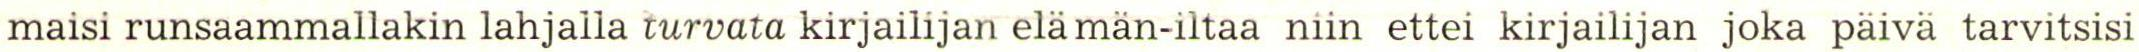
maisi runsaammallakin lahjalla turvata kirjailijan elämän-iltaa niin ettei kirjailijan joka päivä tarvitsisi